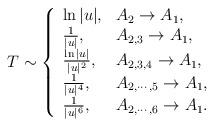
LaTeX: \begin{align*}T \sim \left\{ \begin{array}{ll} \ln |u| , & A_2 \to A_1 , \\ {1\over |u|}, & A_{2,3} \to A_1,\\ {\ln |u| \over |u|^2 }, & A_{2,3,4} \to A_1,\\ {1 \over |u|^4 }, & A_{2,\cdots,5} \to A_1,\\ {1 \over |u|^6 }, & A_{2,\cdots,6} \to A_1. \end{array}\right.\end{align*}